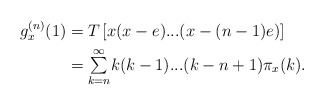
\begin{align*}g_{x}^{(n)}(1) & =T\left[ x(x-e)...(x-(n-1)e)\right] \\& ={\textstyle\sum\limits_{k=n}^{\infty}}k(k-1)...(k-n+1)\pi_{x}(k).\end{align*}